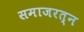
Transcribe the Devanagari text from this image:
समाजरत्न